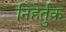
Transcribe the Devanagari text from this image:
निहेर्तुक